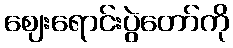
ဈေးရောင်းပွဲတော်ကို